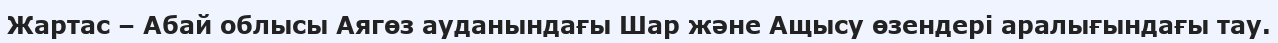
Жартас – Абай облысы Аягөз ауданындағы Шар және Ащысу өзендері аралығындағы тау.